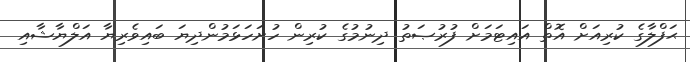
ޙަފްލާގެ ކުރިއަށް އޮތް އައިޓަމަށް ފުރުޞަތު ދިނުމުގެ ކުރިން ހުށަހަޅަމުންދިޔަ ބައިވެރިޔާ އަލްޔާޝާއި